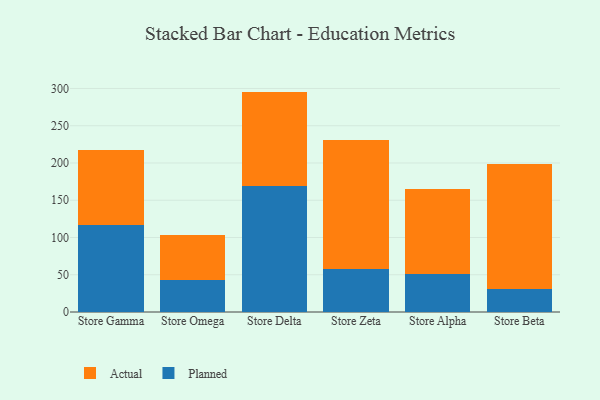
{"axis": {"x": "Store", "y": "Operating Costs (USD K)"}, "legend": ["Actual", "Planned"], "data": [{"x": "Store Gamma", "y": 116.2, "type": "Planned"}, {"x": "Store Gamma", "y": 101.5, "type": "Actual"}, {"x": "Store Omega", "y": 43.2, "type": "Planned"}, {"x": "Store Omega", "y": 59.5, "type": "Actual"}, {"x": "Store Delta", "y": 169.6, "type": "Planned"}, {"x": "Store Delta", "y": 126.2, "type": "Actual"}, {"x": "Store Zeta", "y": 58.2, "type": "Planned"}, {"x": "Store Zeta", "y": 172.8, "type": "Actual"}, {"x": "Store Alpha", "y": 51.1, "type": "Planned"}, {"x": "Store Alpha", "y": 114.2, "type": "Actual"}, {"x": "Store Beta", "y": 31.0, "type": "Planned"}, {"x": "Store Beta", "y": 167.1, "type": "Actual"}]}